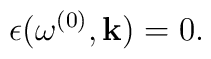
\epsilon(\omega^{(0)}, {\bf k})=0.